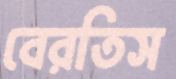
বেরতিস